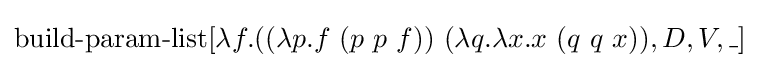
\operatorname {build-param-list} [\lambda f.((\lambda p.f\ (p\ p\ f))\ (\lambda q.\lambda x.x\ (q\ q\ x)),D,V,\_]